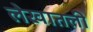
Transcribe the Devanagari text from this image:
लेखातली